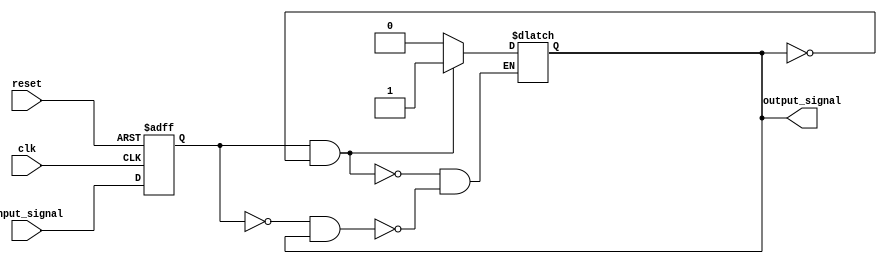
module schmitt_trigger (
  input wire clk,
  input wire reset,
  input wire input_signal,
  output reg output_signal
);

reg reg_input_signal;

always @(posedge clk or posedge reset) begin
  if (reset) begin
    reg_input_signal <= 1'b0;
  end else begin
    reg_input_signal <= input_signal;
  end
end

always @(*) begin
  if (reg_input_signal && !output_signal) begin
    output_signal <= 1'b1;
  end else if (!reg_input_signal && output_signal) begin
    output_signal <= 1'b0;
  end
end

endmodule